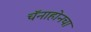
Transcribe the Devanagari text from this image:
चॅनाहोनचा